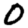
Digit: 0